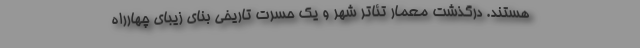
هستند. درگذشت معمار تئاتر شهر و یک حسرت تاریخی بنای زیبای چهارراه